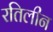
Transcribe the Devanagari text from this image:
रतिलीन